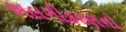
અલગીકરણનો